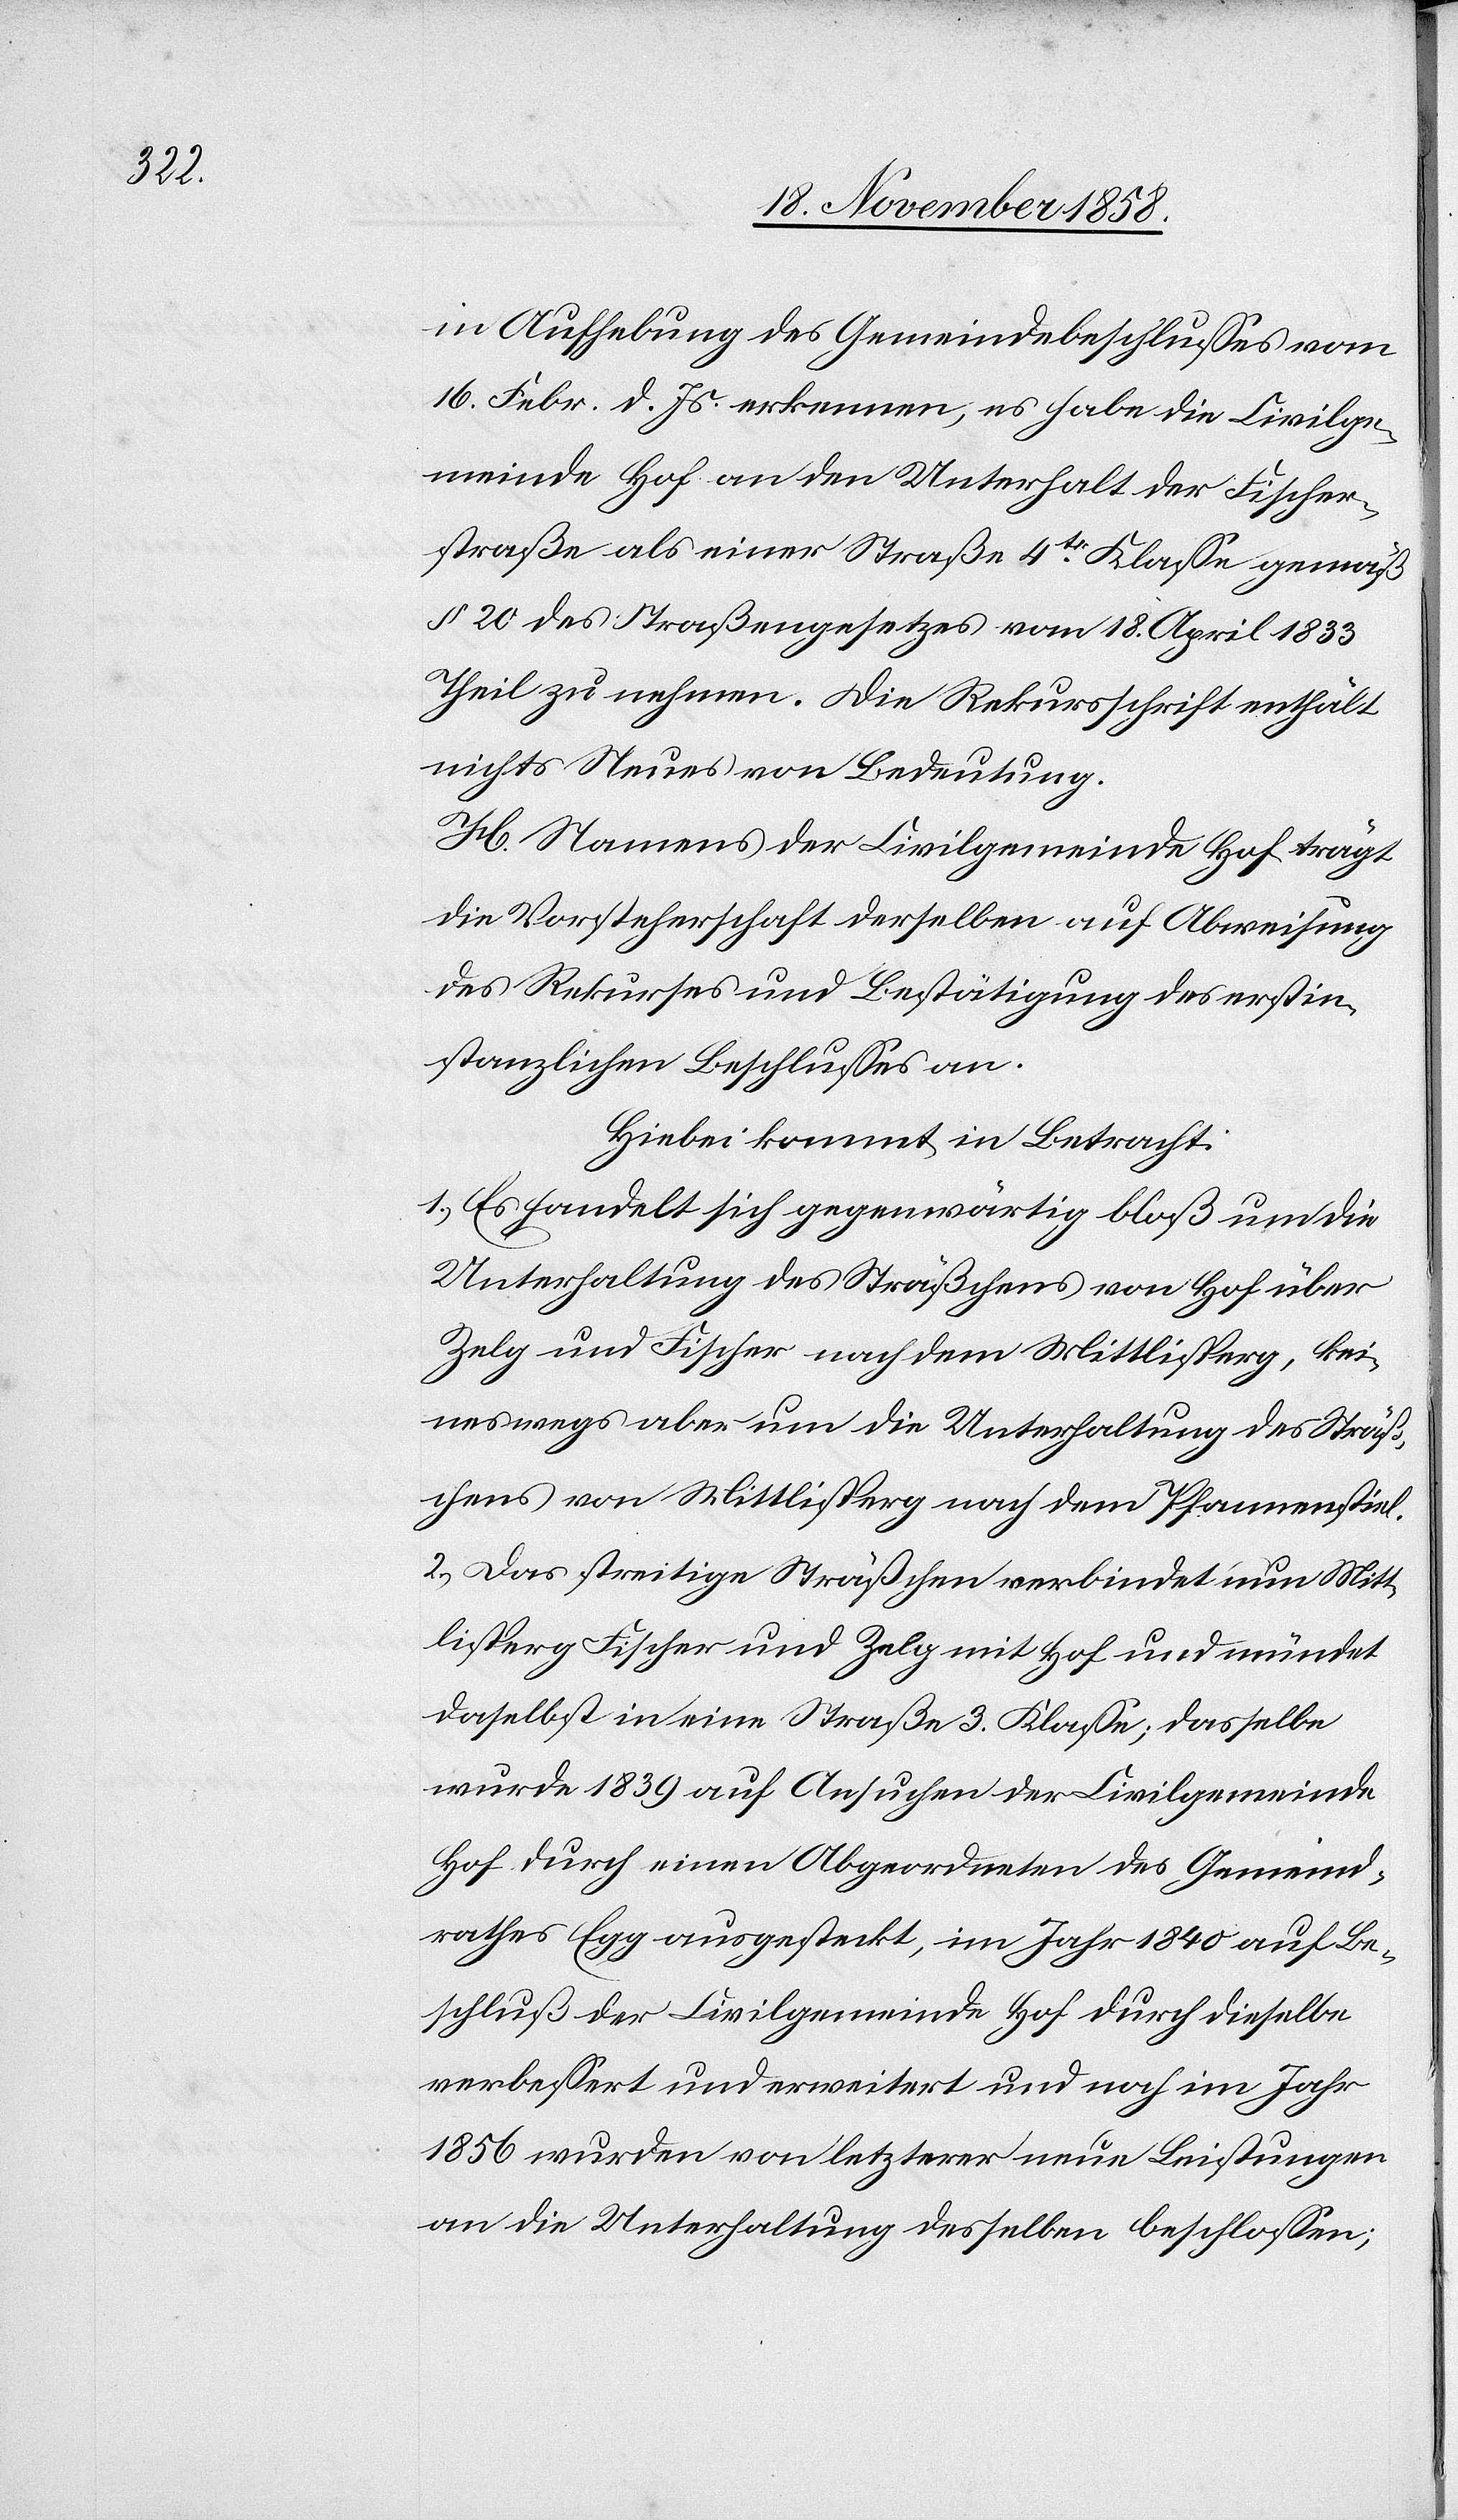
in Aufhebung des Gemeindebeschlusses vom
16. Febr. d. Js. erkennen, es habe die Civilge¬
meinde Hof an den Unterhalt der Fischer¬
straße als einer Straße 4tr Klasse gemäß
§ 20 des Straßengesetzes vom 18. April 1833
Theil zu nehmen. Die Rekursschrift enthält
nichts Neues von Bedeutung.
H. Namens der Civilgemeinde Hof trägt
die Vorsteherschaft derselben auf Abweisung
des Rekurses und Bestätigung des erstin¬
stanzlichen Beschlusses an.
Hiebei kommt in Betracht:
1.) Es handelt sich gegenwärtig bloß um die
Unterhaltung des Sträßchens von Hof über
Zelg und Fischer nach dem Mittlisperg, kei¬
neswegs aber um die Unterhaltung des Sträß¬
chens von Mittlisperg nach dem Pfannenstiel.
2.) Das streitige Sträßchen verbindet nun Mitt¬
lisperg[,] Fischer und Zelg mit Hof und mündet
daselbst in eine Straße 3. Klasse; dasselbe
wurde 1839 auf Ansuchen der Civilgemeinde
Hof durch einen Abgeordneten des Gemeind¬
rathes Egg ausgesteckt, im Jahr 1840 auf Be¬
schluß der Civilgemeinde Hof durch dieselbe
verbessert und erweitert und noch im Jahr
1856 wurden von letzterer neue Leistungen
an die Unterhaltung desselben beschlossen;